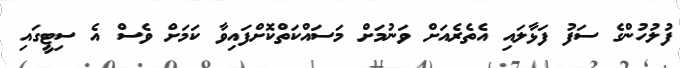
ފުލުހުންގެ ސަފު ފަޅާލައި އެތެރެއަށް ވަނުމަށް މަސައްކަތްކޮށްފައިވާ ކަމަށް ވެސް އެ ސިޓީގައި